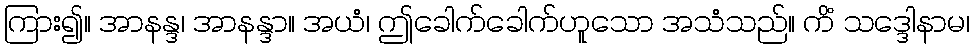
ကြား၍။ အာနန္ဒ၊ အာနန္ဒာ။ အယံ၊ ဤခေါက်ခေါက်ဟူသော အသံသည်။ ကိံ သဒ္ဒေါနာမ၊